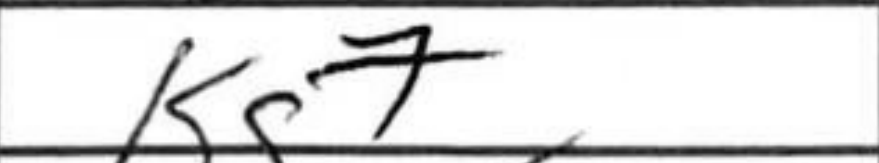
Transcription: Kg7